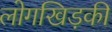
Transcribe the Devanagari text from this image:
लोगखिड़की